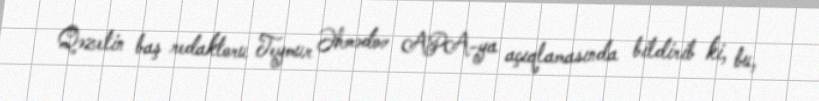
Qəzetin baş redaktoru Teymur Əhmədov APA-ya açıqlamasında bildirib ki, bu,